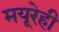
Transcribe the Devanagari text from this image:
मयूरेही